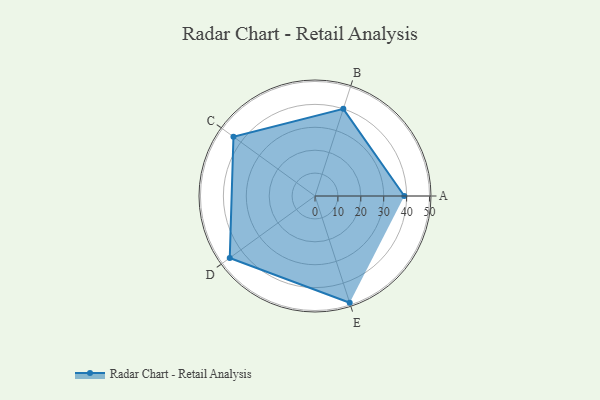
{"axis": {"x": "Skill", "y": "Score"}, "legend": ["Profile"], "data": [{"x": "A", "y": 39.0, "type": "Profile"}, {"x": "B", "y": 40.0, "type": "Profile"}, {"x": "C", "y": 44.0, "type": "Profile"}, {"x": "D", "y": 46.0, "type": "Profile"}, {"x": "E", "y": 49.0, "type": "Profile"}]}